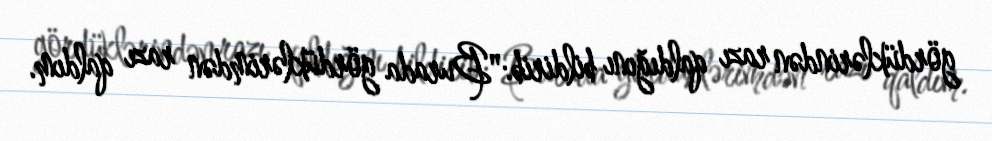
gördüklərindən razı qaldığını bildirib:"Burada gördüklərimdən razı qaldım.